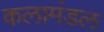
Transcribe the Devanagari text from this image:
कलामंडल